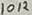
Text: 10K